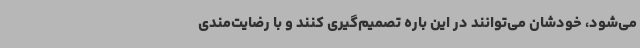
می‌شود، خودشان می‌توانند در این باره تصمیم‌گیری کنند و با رضایت‌مندی